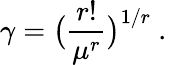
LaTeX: \gamma=\big(\frac{r!}{\mu^{r}}\big)^{1/r}\mathrm{~.~}